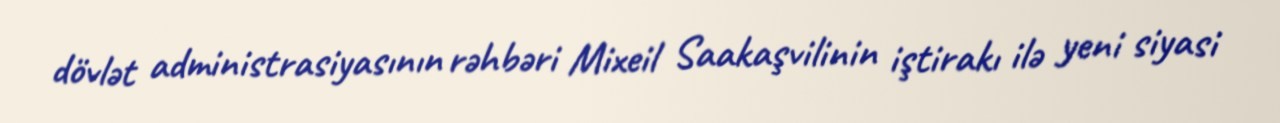
dövlət administrasiyasının rəhbəri Mixeil Saakaşvilinin iştirakı ilə yeni siyasi